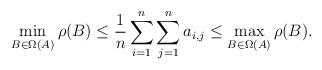
LaTeX: \begin{align*}\min_{B\in\Omega(A)}\rho(B)\leq \frac{1}{n}\sum_{i=1}^n\sum_{j=1}^n a_{i,j}\leq \max_{B\in\Omega(A)}\rho(B).\end{align*}